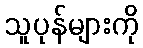
သူပုန်များကို